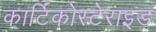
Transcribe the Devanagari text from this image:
कार्टिकोस्टेराइड